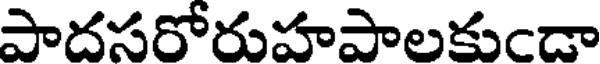
పాదసరోరుహపాలకుఁడా